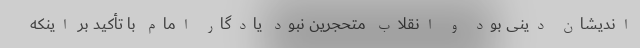
اندیشان دینی بود و انقلاب متحجرین نبود یادگار امام با تأکید بر اینکه